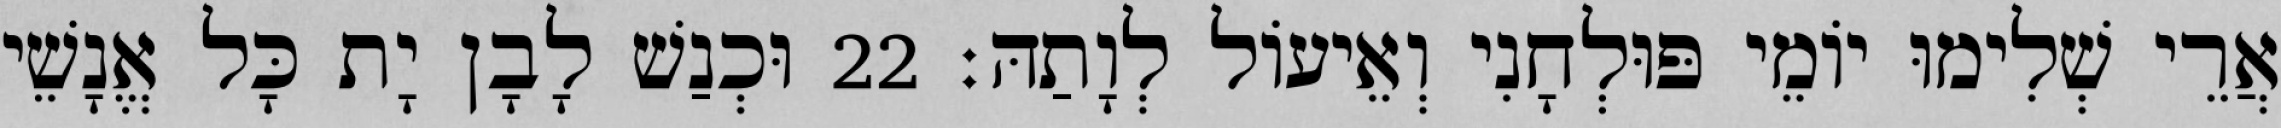
אֲרֵי שְׁלִימוּ יוֹמֵי פּוּלְחָנִי וְאֵיעוֹל לְוָתַהּ׃ 22 וּכְנַשׁ לָבָן יָת כָּל אֱנָשֵׁי